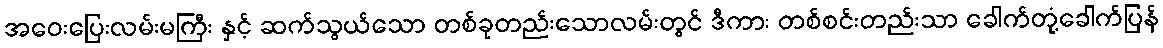
အဝေးပြေးလမ်းမကြီး နှင့် ဆက်သွယ်သော တစ်ခုတည်းသောလမ်းတွင် ဒီကား တစ်စင်းတည်းသာ ခေါက်တုံ့ခေါက်ပြန်